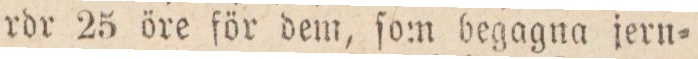
rdr 25 öre för dem, ſom begagna jern=